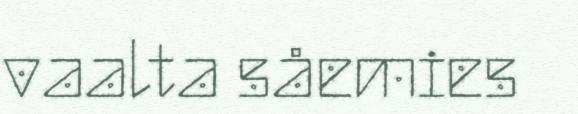
vaalta såemies